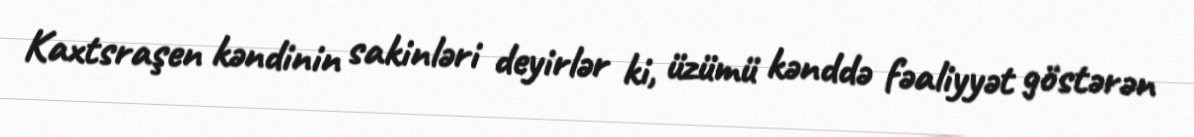
Kaxtsraşen kəndinin sakinləri deyirlər ki, üzümü kənddə fəaliyyət göstərən